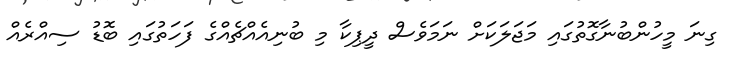
ގިނަ މީހުންބުނާގޮތުގައި މަޖަލަކަށް ނަމަވެސް ދީޕިކާ މި ބުނިއެއްޗެއްގެ ފަހަތުގައި ބޮޑު ސިއްރެއް